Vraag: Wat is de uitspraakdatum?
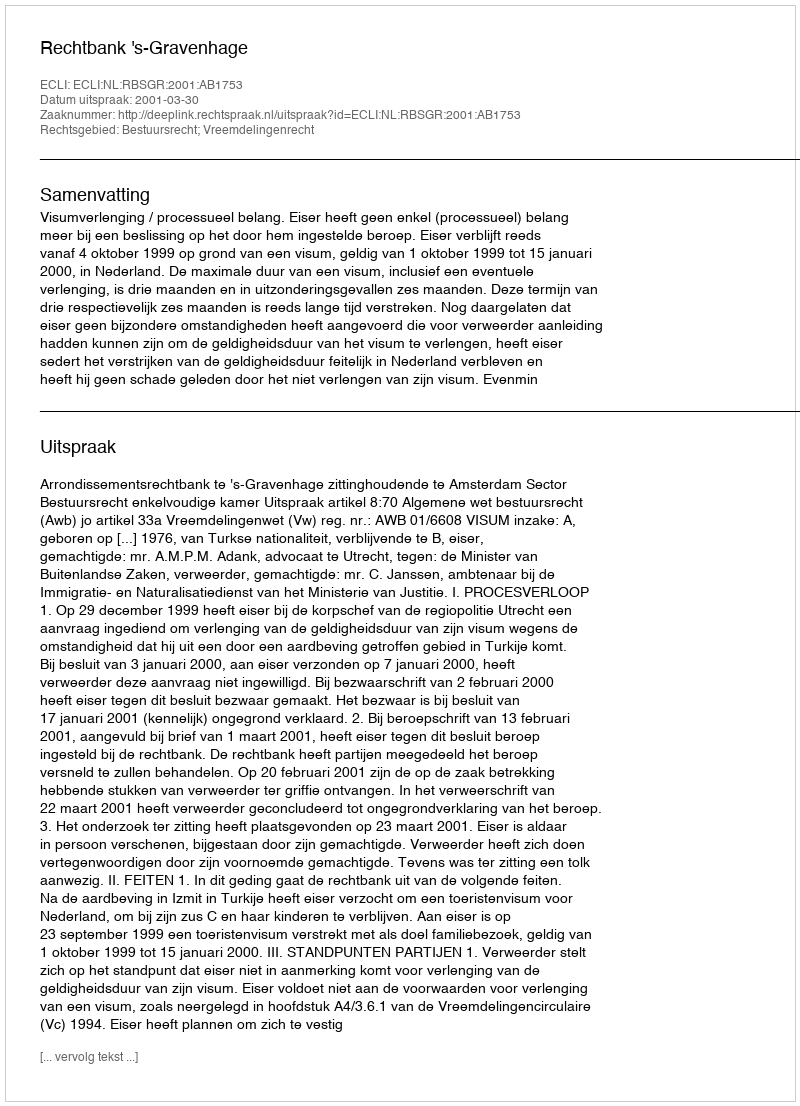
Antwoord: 2001-03-30